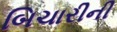
બિચારીની